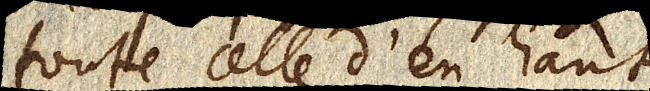
toute celle d’en haut.